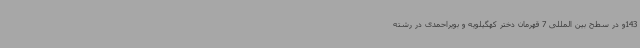
143و در سطح بین المللی 7 قهرمان دختر کهگیلویه و بویراحمدی در رشته